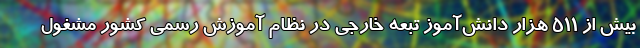
بیش از ۵۱۱ هزار دانش‌آموز تبعه خارجی در نظام آموزش رسمی کشور مشغول